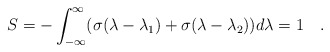
\begin{align*}S=-\int_{-\infty}^{\infty}(\sigma(\lambda -\lambda_1)+\sigma(\lambda -\lambda_2))d\lambda=1\quad .\end{align*}